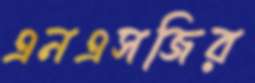
এনএসজির